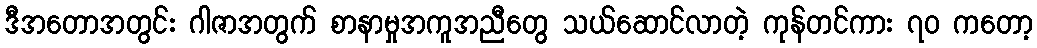
ဒီအတောအတွင်း ဂါဇာအတွက် စာနာမှုအကူအညီတွေ သယ်ဆောင်လာတဲ့ ကုန်တင်ကား ၇၀ ကတော့